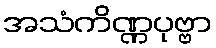
အသံကိဏ္ဏပုဗ္ဗာ